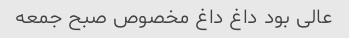
عالی بود داغ داغ مخصوص صبح جمعه